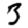
Digit: 3